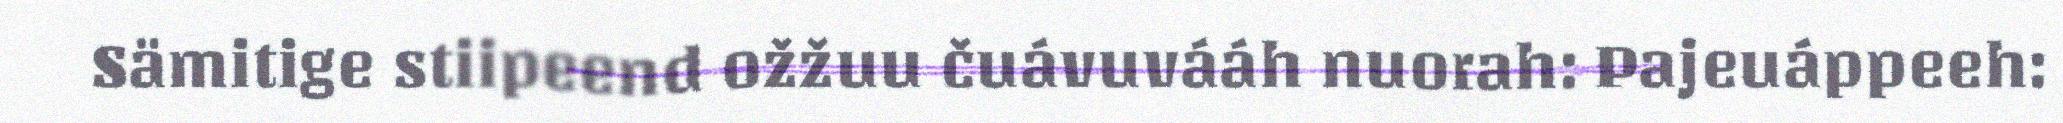
Sämitige stiipeend ožžuu čuávuvááh nuorah: Pajeuáppeeh: